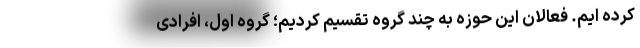
کرده ایم. فعالان این حوزه به چند گروه تقسیم کردیم؛ گروه اول، افرادی